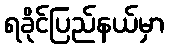
ရခိုင်ပြည်နယ်မှာ